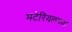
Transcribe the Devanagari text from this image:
मटेरियलच्या